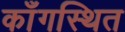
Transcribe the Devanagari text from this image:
काँगस्थित